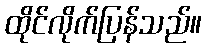
ထိုင်လိုက်ပြန်သည်။